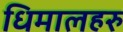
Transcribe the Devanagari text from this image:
धिमालहरु